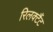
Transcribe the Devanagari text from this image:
रिलक्टैंट